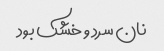
نان سرد و خشک بود